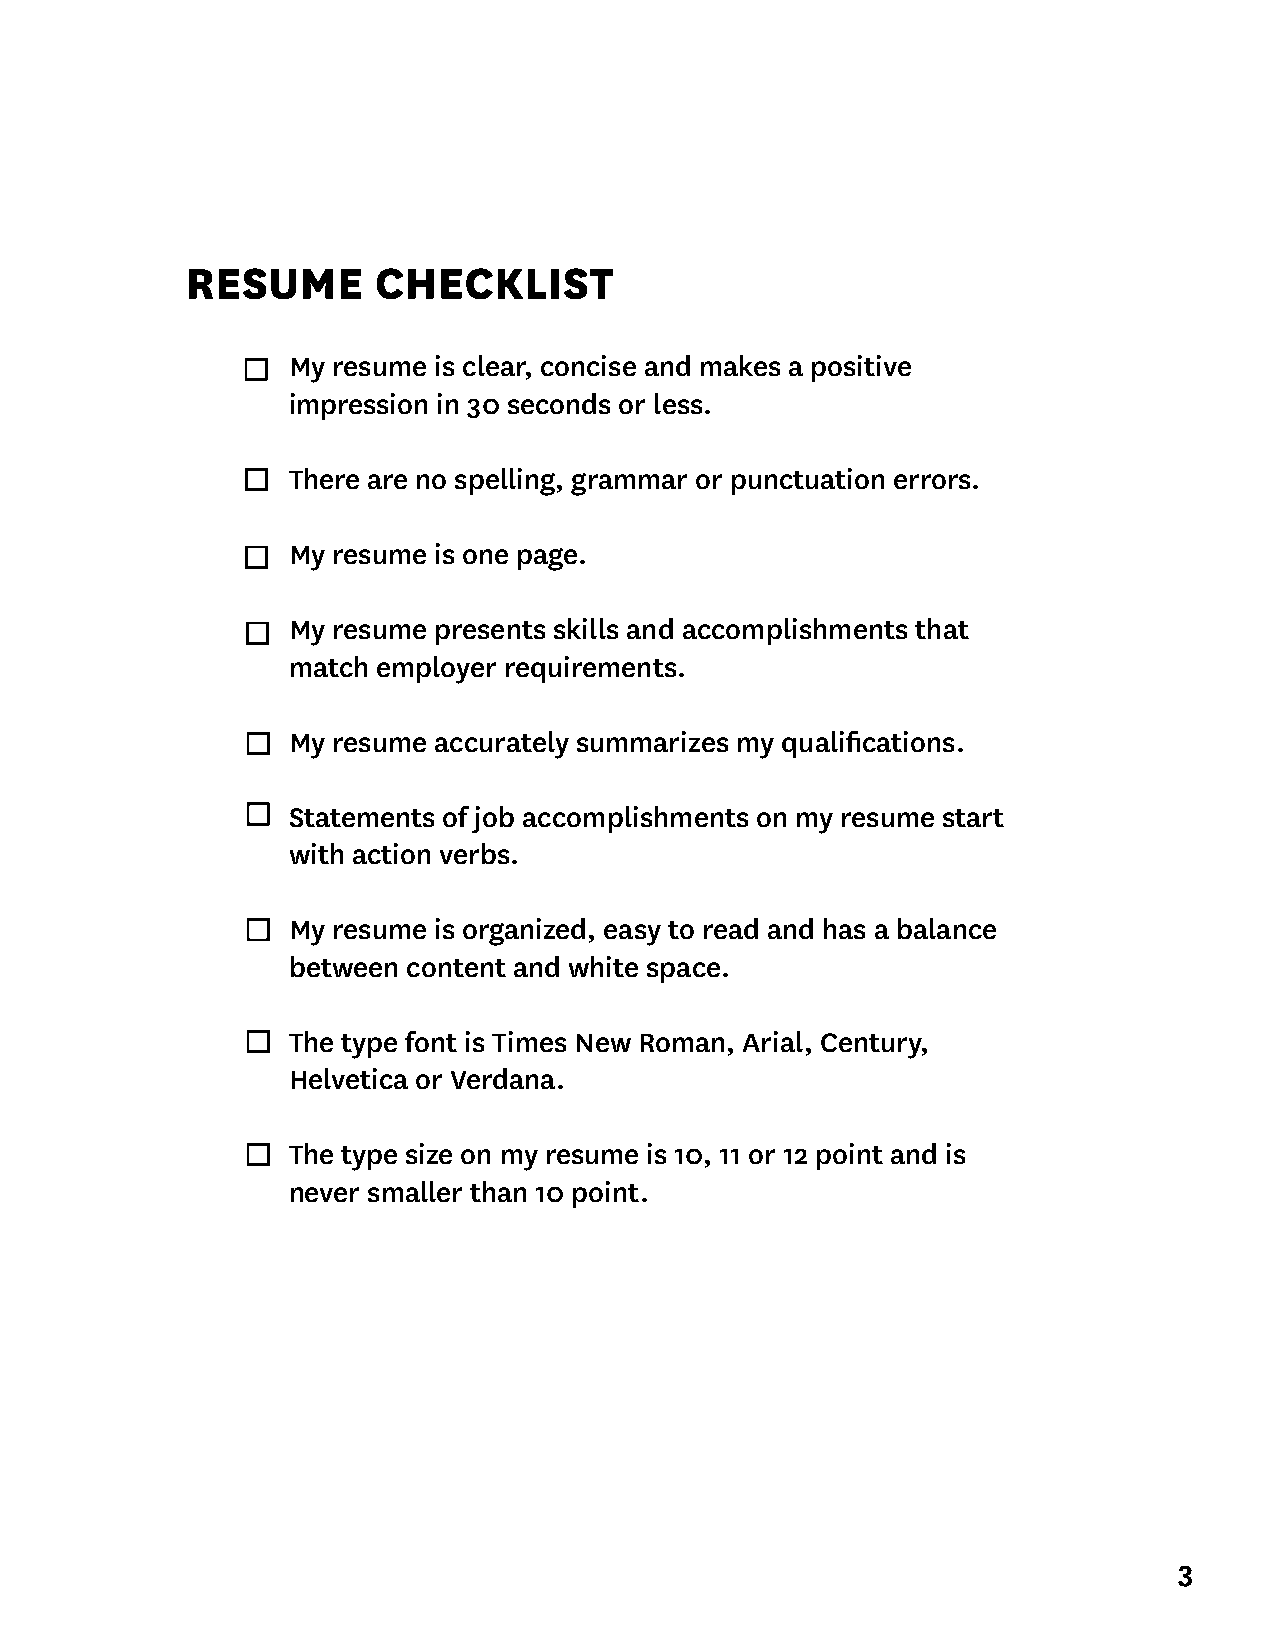
RESUME       CHECKLIST
 My resume is clear, concise and makes a positive
 impression in 30 seconds or less.
 There are no spelling, grammar or punctuation errors.
 My resume is one page.
 My resume presents skills and accomplishments that
 match employer requirements.
 My resume accurately summarizes my qualifications.
 Statements of job accomplishments on my resume start
 with action verbs.
 My resume is organized, easy to read and has a balance
 between content and white space.
 The type font is Times New Roman, Arial, Century,
 Helvetica or Verdana.
 The type size on my resume is 10, 11 or 12 point and is
 never smaller than 10 point.
 3